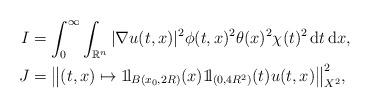
LaTeX: \begin{align*}I &= \int_0^\infty \int_{{\mathbb{R}}^n}|\nabla u(t,x)|^2\phi(t,x)^2\theta(x)^2\chi(t)^2\,{\rm d}t\,{\rm d}x,\\J &= \bigl\|(t,x) \mapsto 1\!{\rm l}_{B(x_0,2R)}(x)1\!{\rm l}_{(0,4R^2)}(t)u(t,x)\bigr\|_{X^2}^2,\end{align*}